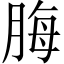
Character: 脢